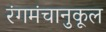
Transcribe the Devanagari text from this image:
रंगमंचानुकूल